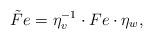
LaTeX: \begin{align*}\tilde Fe=\eta_v^{-1}\cdot Fe\cdot\eta_w,\end{align*}